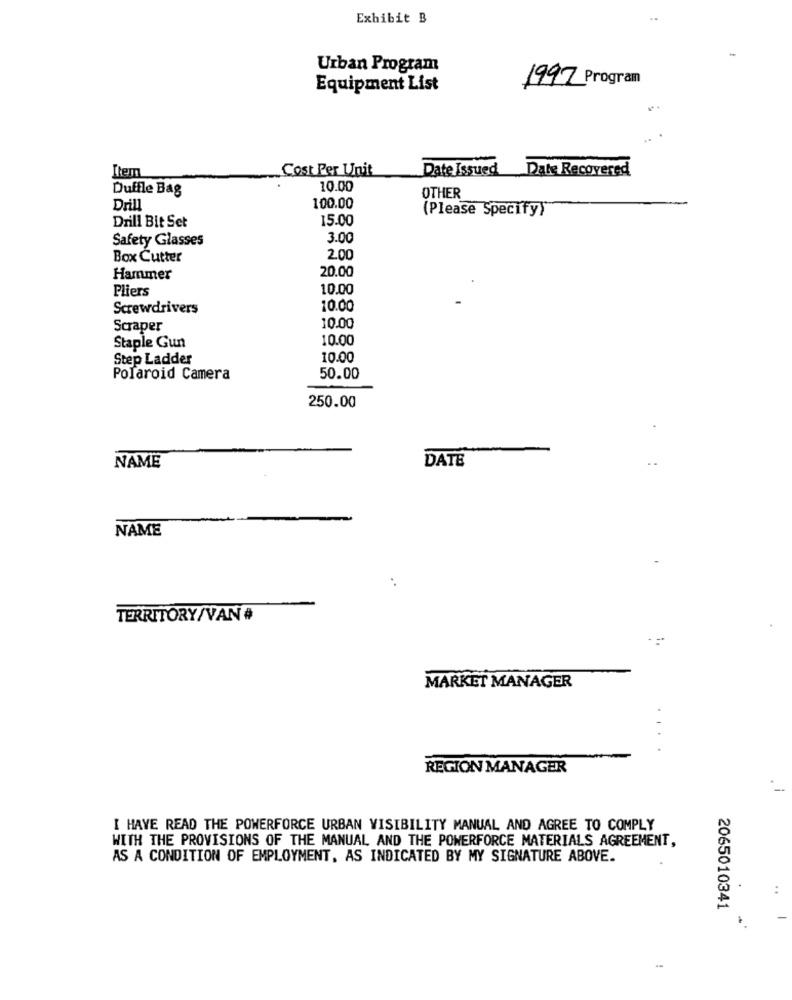
Exhibit B
Urban Program
Equipment List
1997 Program
Cost Per Unit
Date Issued Date Recovered
Item
Duffle Bag
10.00
OTHER
Drill
100.00
(Please Specify)"
15.00
Drill Bit Set
Safety Glasses
3.00
Box Cutter
2.00
20.00
Hammer
Pliers
10.00
Screwdrivers
10.00
Scraper
10.00
10.00
Staple Gun
Step Ladder
10.00
Polaroid Camera
50.00
250.00
DATE
NAME
NAME
TERRITORY/VAN #
- -
MARKET MANAGER
REGION MANAGER
I HAVE READ THE POWERFORCE URBAN VISIBILITY MANUAL AND AGREE TO COMPLY
WITH THE PROVISIONS OF THE MANUAL AND THE POWERFORCE MATERIALS AGREEMENT,
AS A CONDITION OF EMPLOYMENT, AS INDICATED BY MY SIGNATURE ABOVE.
2065010341
-